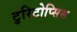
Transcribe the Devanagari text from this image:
टुरिटोप्सिस